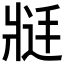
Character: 𱭑